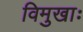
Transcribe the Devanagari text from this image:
विमुखाः